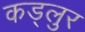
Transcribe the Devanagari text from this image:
कड्लुर